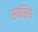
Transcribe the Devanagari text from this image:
रूपसिह